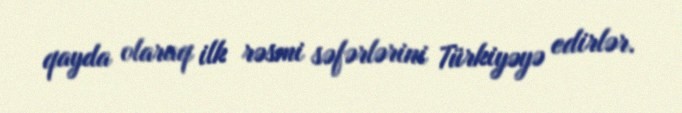
qayda olaraq ilk rəsmi səfərlərini Türkiyəyə edirlər.